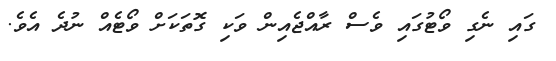
ގައި ނެގި ވޯޓުގައި ވެސް ރާއްޖެއިން ވަކި ގޮތަކަށް ވޯޓެއް ނުދެ އެވެ.